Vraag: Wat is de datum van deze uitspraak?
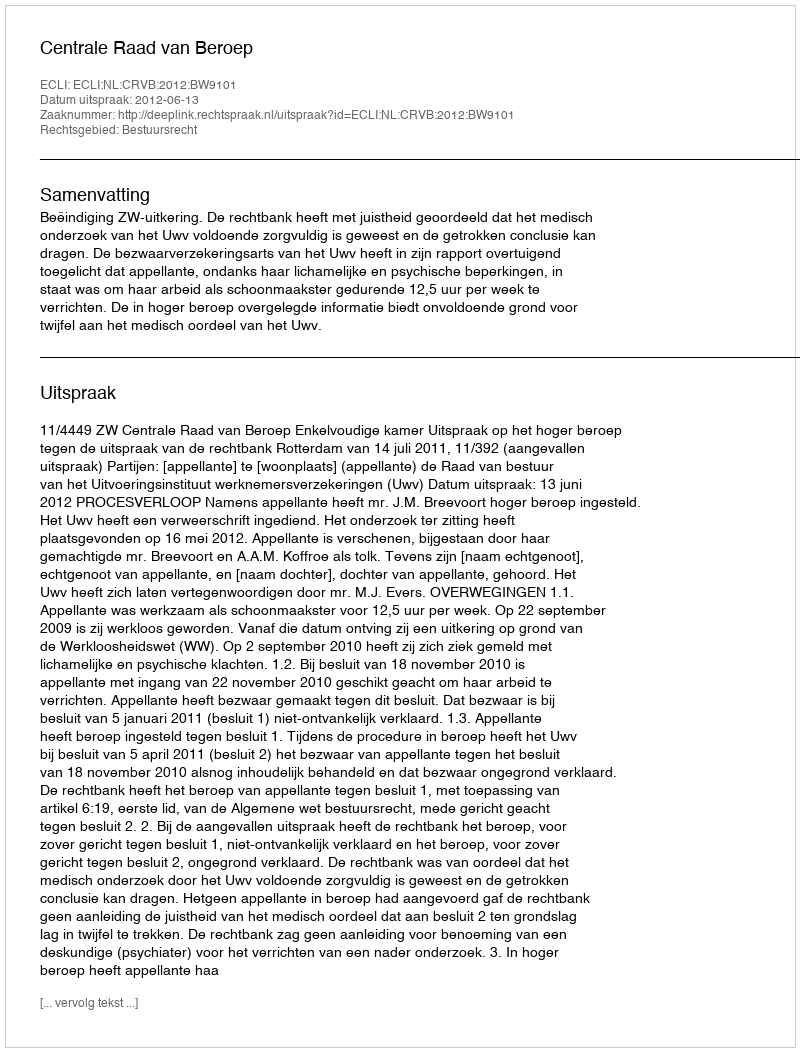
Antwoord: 2012-06-13